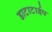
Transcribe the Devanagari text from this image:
डाटाटाईप